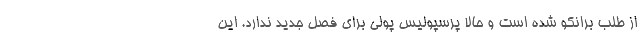
از طلب برانکو شده است و حالا پرسپولیس پولی برای فصل جدید ندارد. این